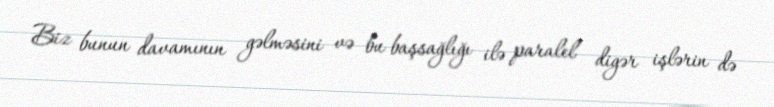
Biz bunun davamının gəlməsini və bu başsağlığı ilə paralel digər işlərin də